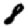
Digit: 8